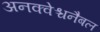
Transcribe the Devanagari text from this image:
अनक्वेश्चनैबल